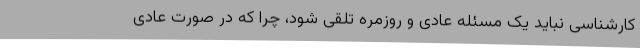
کارشناسی نباید یک مسئله عادی و روزمره تلقی شود، چرا که در صورت عادی